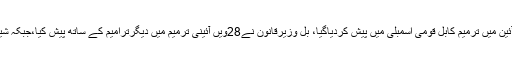
20مارچ2017ء): حکومت نے فوجی عدالتوں میں آئین میں ترمیم کابل قومی اسمبلی میں پیش کردیاگیا، بل وزیرقانون نے28ویں آئینی ترمیم میں دیگرترامیم کے ساتھ پیش کیا،جبکہ شیخ رشیداور محموداچکزئی نے بل کی مخالفت کردی۔